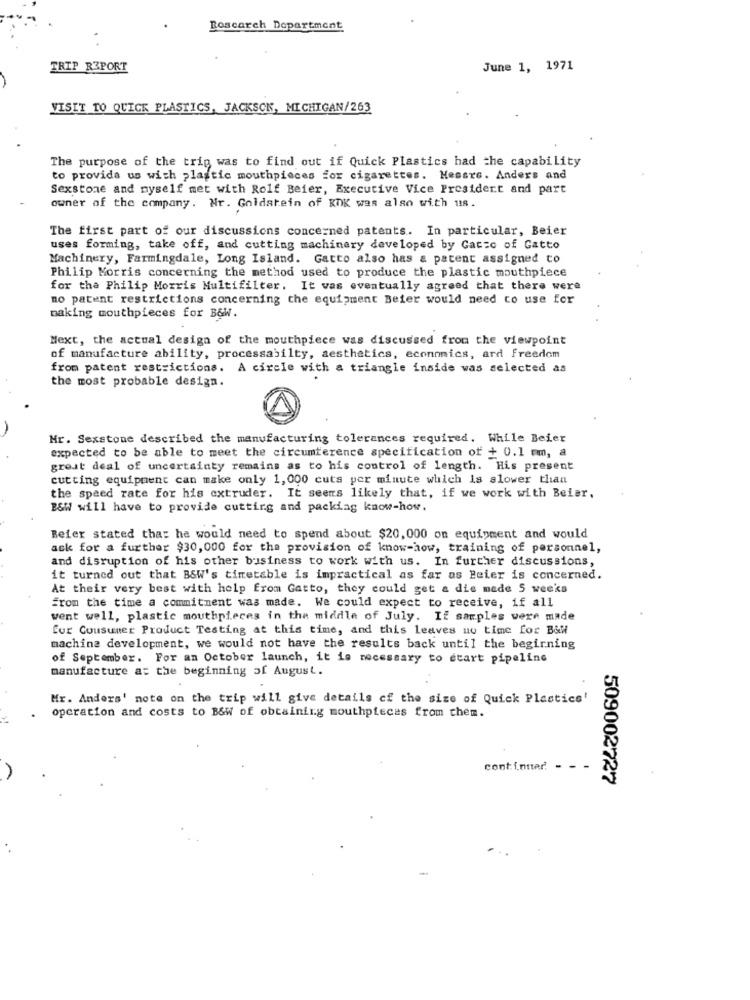
Rescarch Department
TRIP REPORT
June 1, 1971
VISIT TO QUICK PLASTICS, JACKSON, MICHIGAN/263
The purpose of the trig was to find out if Quick Plastics had the capability
to provide us with plastic mouthpieces for cigarettes. Hessre. Anders and
Sexstone and myself met with Rolf Beier, Executive Vice President and part
owner of the company. Nr. Goldstein of KOK was also with u18.
The first part of our discussions concerned patents. In particular, Beier
uses forming, take off, and cutting machinery developed by Gasso of Gatto
Machinery, Farmingdale, Long Island. Gatto also has & patent assigned to
Philip Morris concerning the method used to produce the plastic mouthpiece
for tha Philip Morris Multifilter. It was eventually agreed that there were
no patent restrictions concerning the equipment Beier would need to use for
making mouthpieces for B&W.
Mext, the actual design of the mouthpiece was discussed from the viewpoint
of manufacture ability, processabilty, aesthetics, economics, ard freedom
from patent restrictions. A circle with a triangle inside was selected as
the most probable design.
Mr. Sexstone described the manufacturing tolerances required. While Beier
expected to be able to meet the circumference specification of + 0.1 mm, a
great deal of uncertainty remains as to his control of length. His present
cutting equipment can make only 1, 000 cuts per minute which is slower than
the speed rate for his extruder. It seems likely that, if we work with Beier,
BSW will have to provide cutting and packing know-how.
Beier stated that he would need to spend about $20,000 on equipment and would
ask for a further $30,000 for the provision of know-how, training of personnel,
and disruption of his other business to work with us. In further discussions,
it turned out that BSW's timetable is impractical as far as Beier is concerned.
At their very best with help from Gatto, they could get a die mede 5 weeks
from the time a commitment was made. We could expect to receive, if all
went well, plastic mouthpieces in the middle of July. If samples were made
fur Cousuner Product Testing at this time, and this leaves no time for B&W
machine development, we would not have the results back until the beginning
of September. For an October launch, it is necessary to etart pipeline
manufacture a: the beginning of August.
Mr. Anders' note on the trip will give details of the size of Quick Plastics'
operation and costs to B&W of obtaining mouthpieces from them.
cont inttar -
509002727